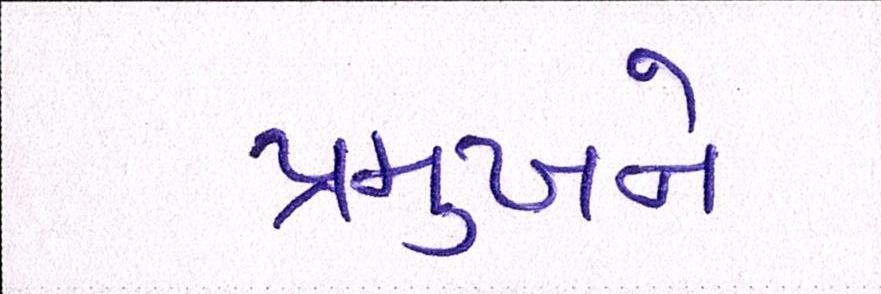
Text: પ્રમુખને